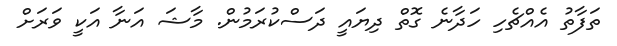
ތަފާތު އެއްޗެހި ހަދާނެ ގޮތް ދިޔައީ ދަސްކުރަމުން. މާޝަ އަނާ އަކީ ވަރަށް